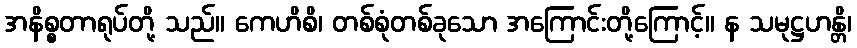
အနိစ္စတာရုပ်တို့ သည်။ ကေဟိစိ၊ တစ်စုံတစ်ခုသော အကြောင်းတို့ကြောင့်။ န သမုဋ္ဌဟန္တိ၊